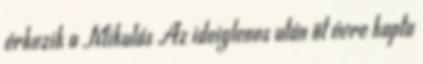
érkezik a Mikulás Az ideiglenes után öt évre kapta